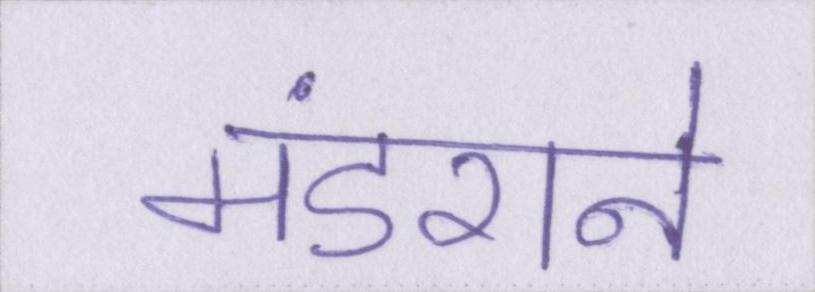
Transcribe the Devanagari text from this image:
मंडराने